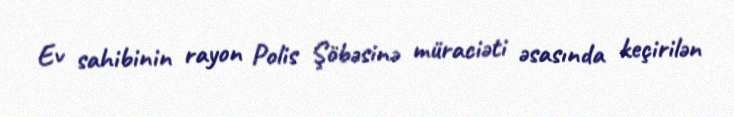
Ev sahibinin rayon Polis Şöbəsinə müraciəti əsasında keçirilən